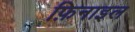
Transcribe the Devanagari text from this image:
फ़िनाइल